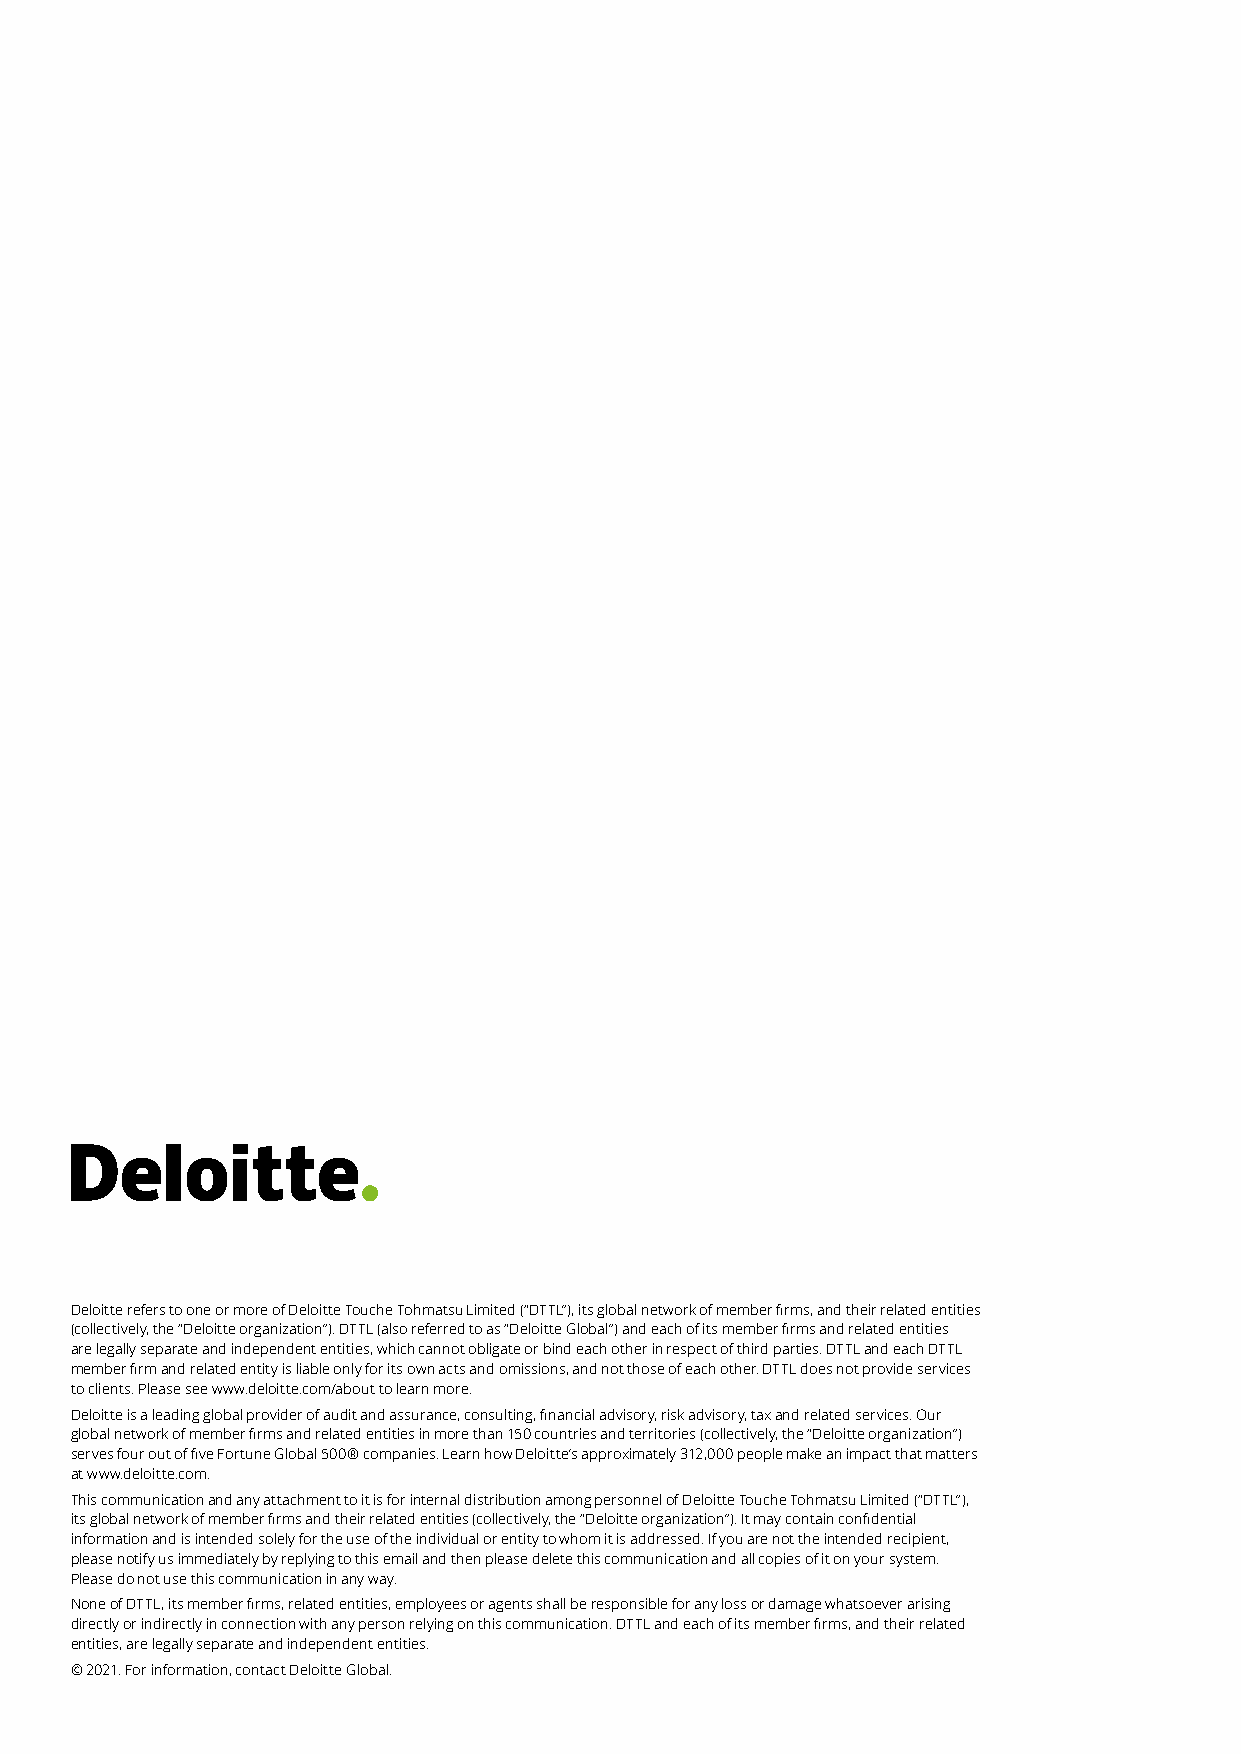
Deloitte refers to one or more of Deloitte Touche Tohmatsu Limited (“DTTL”), its global network of member firms, and their related entities
 (collectively, the “Deloitte organization”). DTTL (also referred to as “Deloitte Global”) and each of its member firms and related entities
 are legally separate and independent entities, which cannot obligate or bind each other in respect of third parties. DTTL and each DTTL
 member firm and related entity is liable only for its own acts and omissions, and not those of each other. DTTL does not provide services
 to clients. Please see www.deloitte.com/about to learn more.
 Deloitte is a leading global provider of audit and assurance, consulting, financial advisory, risk advisory, tax and related services. Our
 global network of member firms and related entities in more than 150 countries and territories (collectively, the “Deloitte organization”)
 serves four out of five Fortune Global 500® companies. Learn how Deloitte’s approximately 312,000 people make an impact that matters
 at www.deloitte.com.
 This communication and any attachment to it is for internal distribution among personnel of Deloitte Touche Tohmatsu Limited (“DTTL”),
 its global network of member firms and their related entities (collectively, the “Deloitte organization”). It may contain confidential
 information and is intended solely for the use of the individual or entity to whom it is addressed. If you are not the intended recipient,
 please notify us immediately by replying to this email and then please delete this communication and all copies of it on your system.
 Please do not use this communication in any way.
 None of DTTL, its member firms, related entities, employees or agents shall be responsible for any loss or damage whatsoever arising
 directly or indirectly in connection with any person relying on this communication. DTTL and each of its member firms, and their related
 entities, are legally separate and independent entities.
 © 2021. For information, contact Deloitte Global.